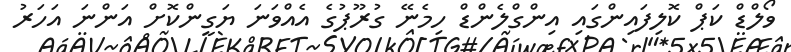
ވޯލްޑް ކަޕް ކޮލިފައިންގައި އިންގްލެންޑް ހިމެނޭ ގުރޫޕުގެ އެއްވަނަ ޔަގީންކޮށް އަންނަ އަހަރު